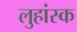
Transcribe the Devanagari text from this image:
लुहांस्क